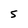
Character: S